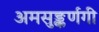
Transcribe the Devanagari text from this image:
अमसुङ्कर्णगी